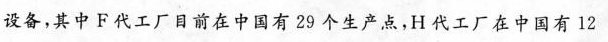
设备，其中F代工厂目前在中国有29个生产点，H代工厂在中国有12